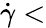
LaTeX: \dot{\gamma}<